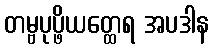
တမ္ဗပုပ္ဖိယတ္ထေရ အပဒါန